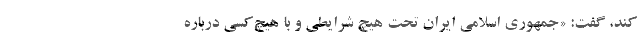
کند، گفت: «جمهوری اسلامی ایران تحت هیچ شرایطی و با هیچ‌کسی درباره